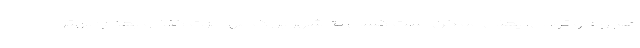
هجوم و توالی، یعنی ممکن است کسی به شهر بزرگ مهاجرت کند و بعد با بهتر